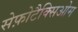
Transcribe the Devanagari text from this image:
सेफ़ोटैक्सिओम